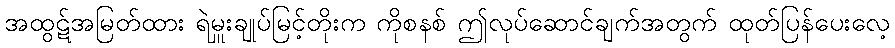
အထွဋ်အမြတ်ထား ရဲမှူးချုပ်မြင့်တိုးက ကိုစနစ် ဤလုပ်ဆောင်ချက်အတွက် ထုတ်ပြန်ပေးလေ့